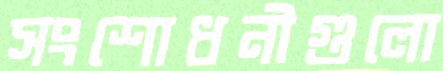
সংশোধনীগুলো